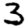
Digit: 3